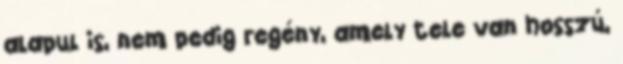
alapul is, nem pedig regény, amely tele van hosszú,